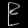
Digit: ၉